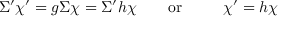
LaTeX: \Sigma ^ { \prime } \chi ^ { \prime } = g \Sigma \chi = \Sigma ^ { \prime } h \chi \qquad \mathrm { o r ~ \qquad ~ } \chi ^ { \prime } = h \chi